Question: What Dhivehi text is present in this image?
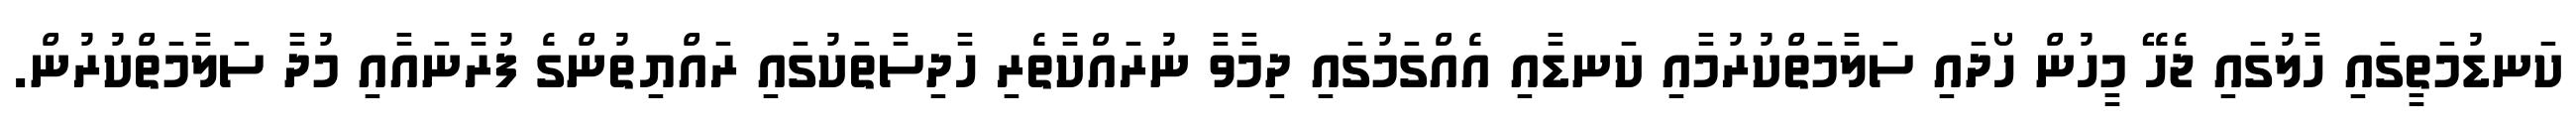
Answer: ކަނޑުމަތީގައި ހާލުގައި ޖެހޭ މީހުން ހޯދައި ސަލާމަތްކުރުމާއި ކަނޑާއި އެއްގަމުގައި ދިމާވާ ނުރައްކާތެރި ހާދިސާތަކުގައި ރައްޔިތުންގެ ފުރާނައާއި މުދާ ސަލާމަތްކުރުން.